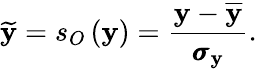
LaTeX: \widetilde{\mathbf{y}}=s_{O}\left(\mathbf{y}\right)=\frac{\mathbf{y}-\overline{{\mathbf{y}}}}{\pmb{\sigma}_{\mathbf{y}}}.